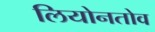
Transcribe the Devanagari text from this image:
लियोनतोव